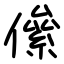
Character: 㒍